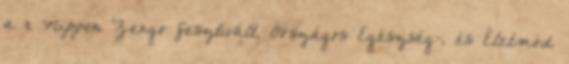
a 11. Nippon Zengo fesztivált, Országos Egészség-, és Életmód